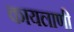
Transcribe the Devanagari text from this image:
कायलाणी